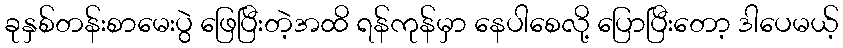
ခုနှစ်တန်းစာမေးပွဲ ဖြေပြီးတဲ့အထိ ရန်ကုန်မှာ နေပါစေလို့ ပြောပြီးတော့ ဒါပေမယ့်